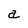
Character: a